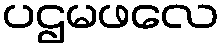
ပဌမဖလေ